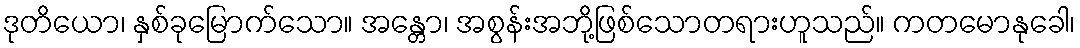
ဒုတိယော၊ နှစ်ခုမြောက်သော။ အန္တော၊ အစွန်းအဘို့ဖြစ်သောတရားဟူသည်။ ကတမောနုခေါ၊